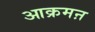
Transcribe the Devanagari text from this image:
आक्रमऩ